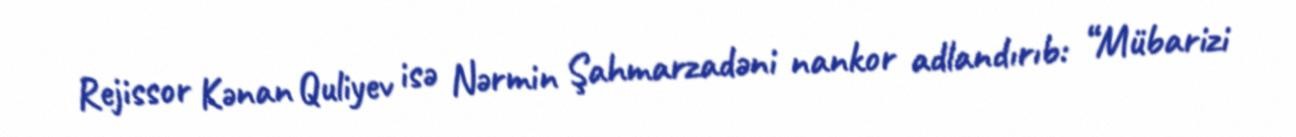
Rejissor Kənan Quliyev isə Nərmin Şahmarzadəni nankor adlandırıb: “Mübarizi